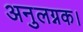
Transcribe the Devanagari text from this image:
अनुलग्नक।